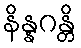
နိန္နဂန္တိ